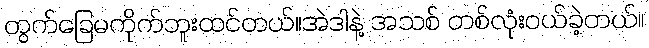
တွက်ခြေမကိုက်ဘူးထင်တယ်။အဲဒါနဲ့ အသစ် တစ်လုံးဝယ်ခဲ့တယ်။